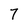
Character: 7